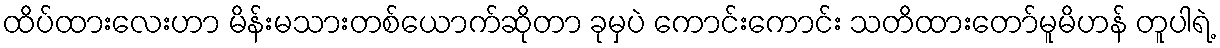
ထိပ်ထားလေးဟာ မိန်းမသားတစ်ယောက်ဆိုတာ ခုမှပဲ ကောင်းကောင်း သတိထားတော်မူမိဟန် တူပါရဲ့